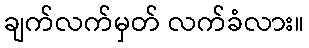
ချက်လက်မှတ် လက်ခံလား။